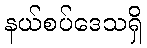
နယ်စပ်ဒေသရှိ